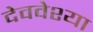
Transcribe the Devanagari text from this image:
देववेश्या